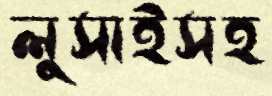
লুসাইসহ